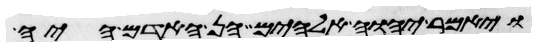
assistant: ויאמר יהוה אלהים הן האדם היה